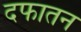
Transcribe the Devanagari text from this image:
दफातन